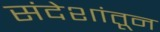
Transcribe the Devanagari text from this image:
संदेशांतून